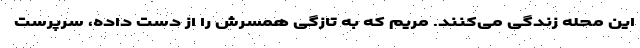
این محله زندگی می‌کنند. مریم که به تازگی همسرش را از دست داده، سرپرست